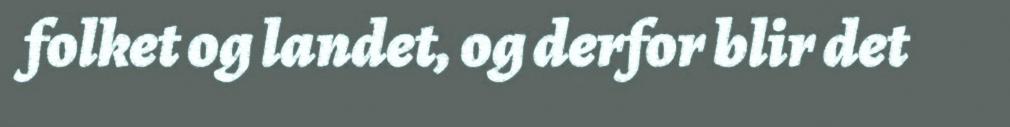
folket og landet, og derfor blir det